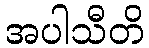
အပါသီတိ